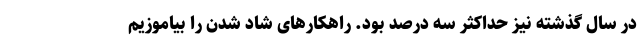
در سال گذشته نیز حداکثر سه درصد بود. راهکارهای شاد شدن را بیاموزیم